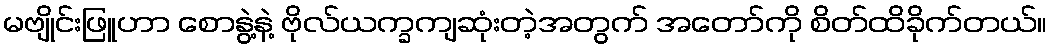
မဗျိုင်းဖြူဟာ စောနွဲ့နဲ့ ဗိုလ်ယက္ခကျဆုံးတဲ့အတွက် အတော်ကို စိတ်ထိခိုက်တယ်။